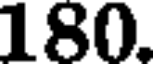
180.